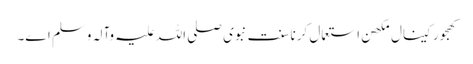
کھجور کینال مکھن استعمال کرنا سنت نبوی صلی اللہ علیہ وآلہ وسلم ا‏‏ے۔